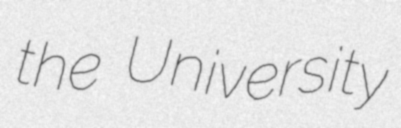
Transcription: the University